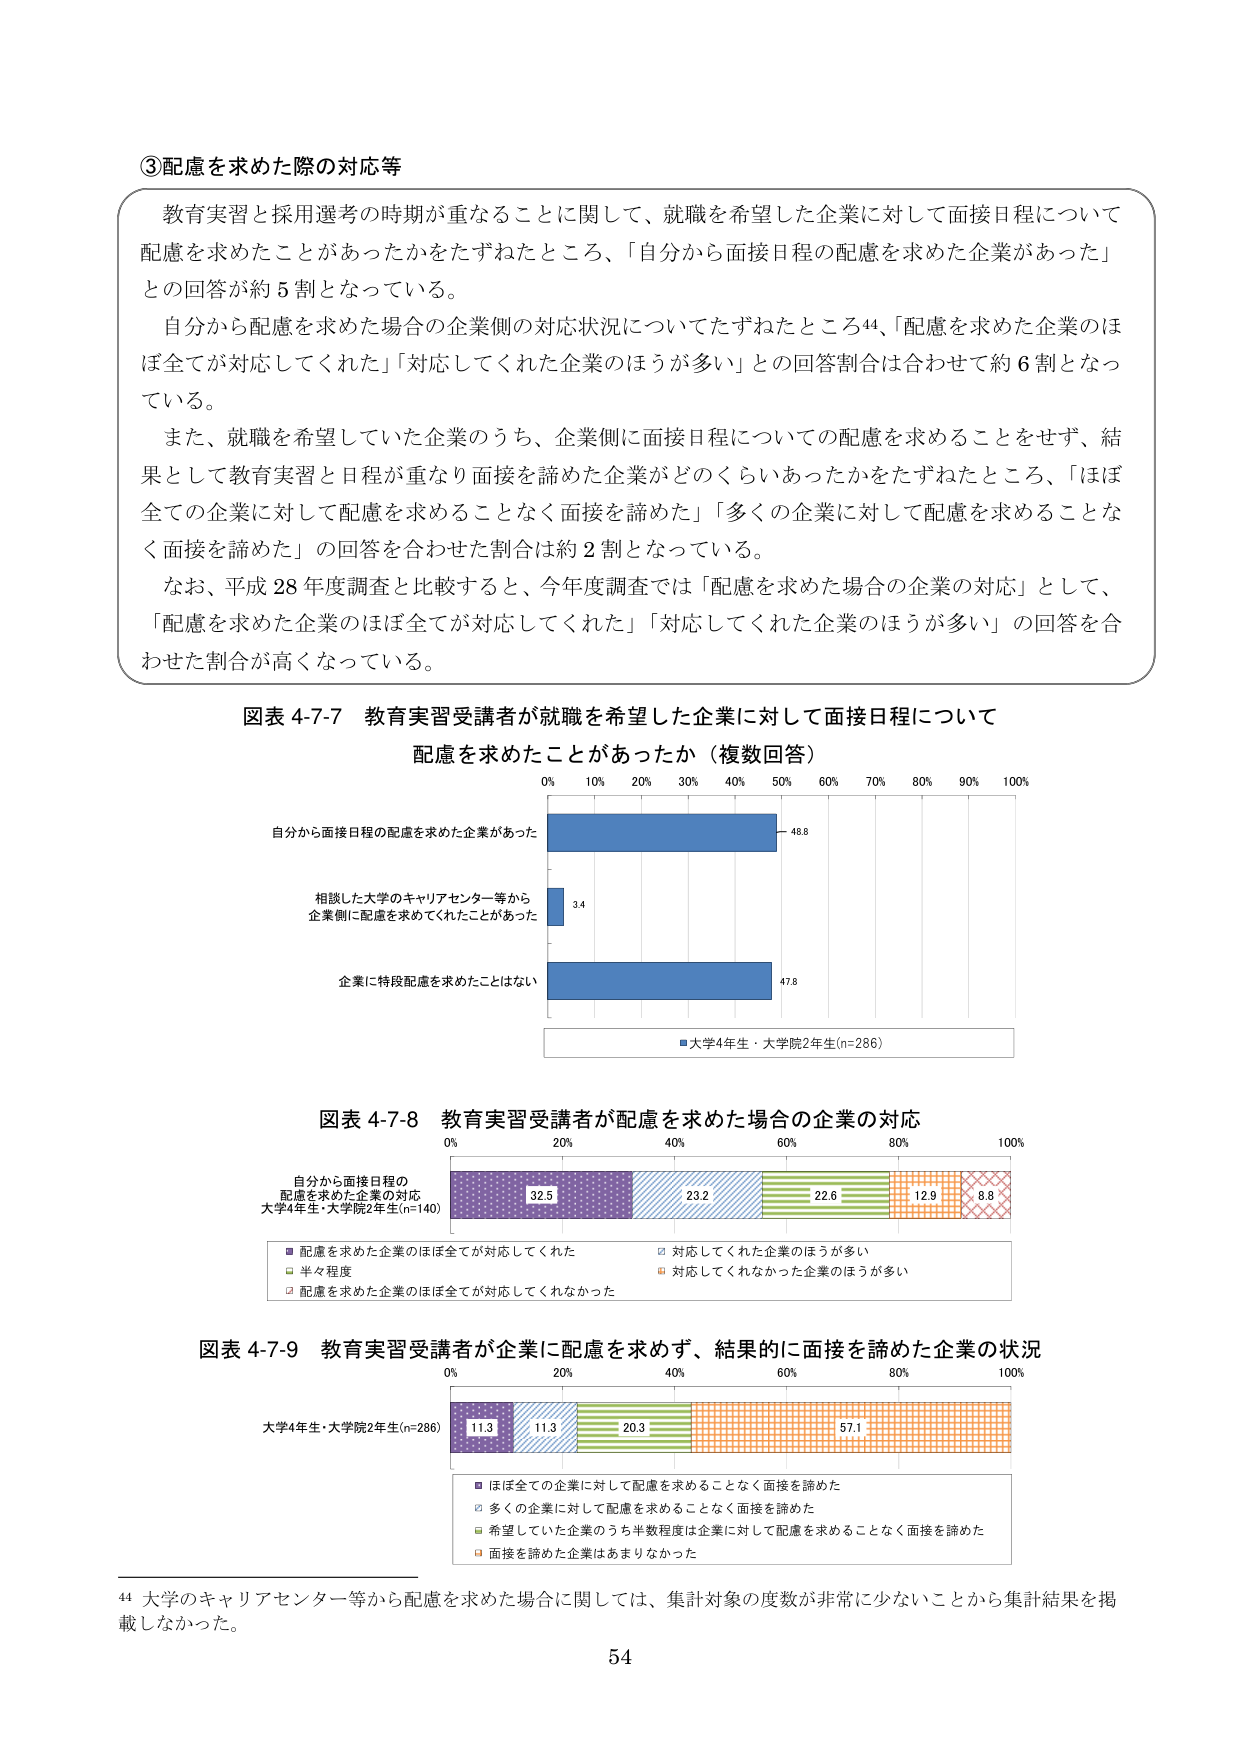
③配慮を求めた際の対応等

教育実習と採用選考の時期が重なることに関して、就職を希望した企業に対して面接日程について配慮を求めたことがあったかをたずねたところ、「自分から面接日程の配慮を求めた企業があった」との回答が約5割となっている。

自分から配慮を求めた場合の企業側の対応状況についてたずねたところ44、「配慮を求めた企業のほぼ全てが対応してくれた」「対応してくれた企業のほうが多く」の回答割合は合わせて約6割となっている。

また、就職を希望していた企業のうち、企業側に面接日程についての配慮を求めることをせず、結果として教育実習と日程が重なり面接を諦めた企業がどのくらいあったかをたずねたところ、「ほぼ全ての企業に対して配慮を求めることなく面接を諦めた」「多くの企業に対して配慮を求めることなく面接を諦めた」の回答を合わせた割合は約2割となっている。

なお、平成28年度調査と比較すると、今年度調査では「配慮を求めた場合の企業の対応」として、「配慮を求めた企業のほぼ全てが対応してくれた」「対応してくれた企業のほうが多く」の回答を合わせた割合が高くなっている。

図表4-7-7 教育実習受講者が就職を希望した企業に対して面接日程について配慮を求めたことがあったか（複数回答）

0% 10% 20% 30% 40% 50% 60% 70% 80% 90% 100%

自分から面接日程の配慮を求めた企業があった 48.8

相談した大学のキャリアセンター等から企業側に配慮を求めてくれたことがあった 3.4

企業に特段配慮を求めたことはない 47.8

■大学4年生・大学院2年生(n=286)

図表4-7-8 教育実習受講者が配慮を求めた場合の企業の対応

0% 20% 40% 60% 80% 100%

自分から面接日程の配慮を求めた企業の対応
大学4年生・大学院2年生(n=140)

32.5 23.2 22.6 12.9 8.8

■配慮を求めた企業のほぼ全てが対応してくれた
□対応してくれた企業のほうが多く
□半々程度
□対応してくれなかった企業のほうが多く
□配慮を求めた企業のほぼ全てが対応してくれなかった

図表4-7-9 教育実習受講者が企業に配慮を求めず、結果的に面接を諦めた企業の状況

0% 20% 40% 60% 80% 100%

大学4年生・大学院2年生(n=286)

11.3 11.3 20.3 57.1

■ほぼ全ての企業に対して配慮を求めることなく面接を諦めた
□多くの企業に対して配慮を求めることなく面接を諦めた
□希望していた企業のうち半数程度の企業に対して配慮を求めることなく面接を諦めた
□面接を諦めた企業はあまりなかった

44 大学のキャリアセンター等から配慮を求めた場合に関しては、集計対象の度数が非常に少ないことから集計結果を掲載しなかった。

54